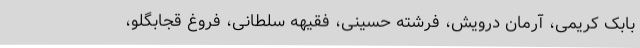
بابک کریمی، آرمان درویش، فرشته حسینی، فقیهه سلطانی، فروغ قجابگلو،